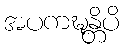
အပကဍ္ဎန္တိပိ